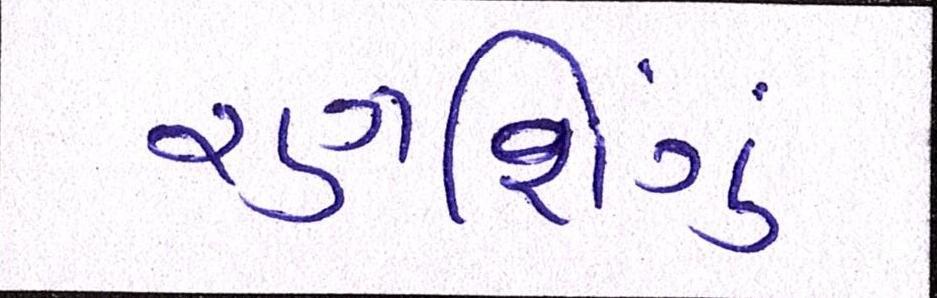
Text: રણશિંગુ